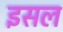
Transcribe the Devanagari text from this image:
इसल